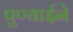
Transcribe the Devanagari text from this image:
पुण्याईने